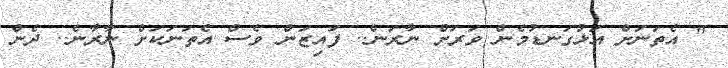
" އެތަނަށް އަޅުގަނޑުމެން ވަރަށް ނާރަން.. ފައިޒަން ވެސް އެތަނަކަށް ނާރާނެ.. ދެން